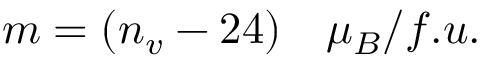
m = ( n _ { v } - 2 4 ) \ \ \ \mu _ { B } / f . u .